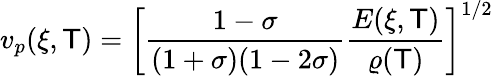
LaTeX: v_{p}(\xi,\mathsf{T})=\bigg[\frac{{1-\sigma}}{{(1+\sigma)(1-2\sigma)}}\frac{{E(\xi,\mathsf{T})}}{{\varrho(\mathsf{T})}}\bigg]^{1/2}